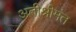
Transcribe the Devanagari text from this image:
अतीश्रीमंत